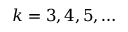
k = 3 , 4 , 5 , \ldots